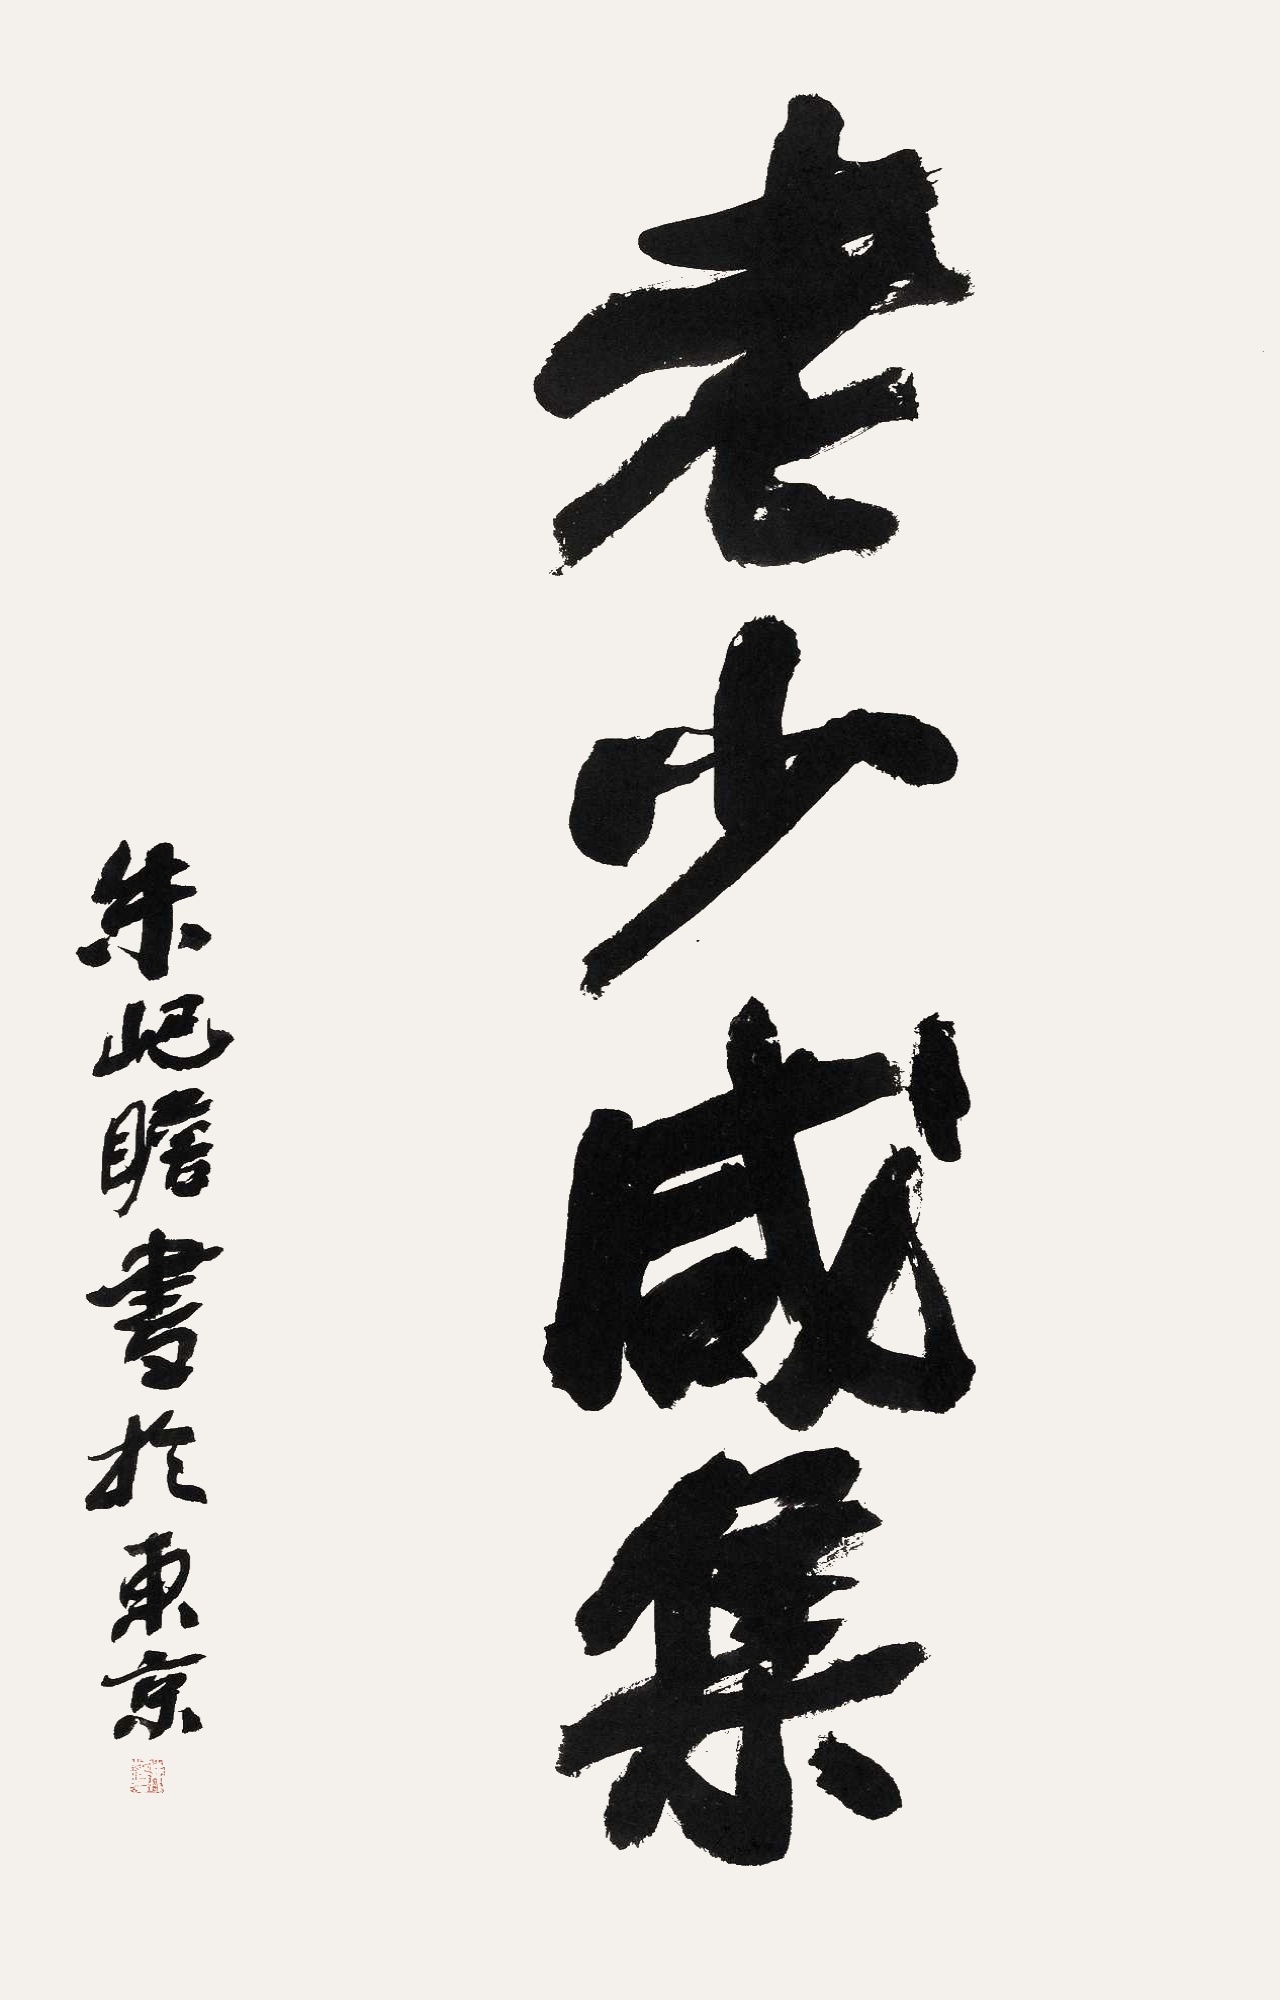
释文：老少咸集朱屺瞻书于东京。